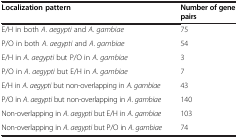
<table><thead><tr><td><b>Localization pattern</b></td><td><b>Number of gene pairs</b></td></tr></thead><tbody><tr><td>E/H in both <i>A</i>. <i>aegypti</i> and <i>A</i>. <i>gambiae</i></td><td>75</td></tr><tr><td>P/O in both <i>A</i>. <i>aegypti</i> and <i>A</i>. <i>gambiae</i></td><td>54</td></tr><tr><td>E/H in <i>A</i>. <i>aegypti</i> but P/O in <i>A</i>. <i>gambiae</i></td><td>3</td></tr><tr><td>P/O in <i>A</i>. <i>aegypti</i> but E/H in <i>A</i>. <i>gambiae</i></td><td>7</td></tr><tr><td>E/H in <i>A</i>. <i>aegypti</i> but non-overlapping in <i>A</i>. <i>gambiae</i></td><td>43</td></tr><tr><td>P/O in <i>A</i>. <i>aegypti</i> but non-overlapping in <i>A</i>. <i>gambiae</i></td><td>140</td></tr><tr><td>Non-overlapping in <i>A</i>. <i>aegypti</i> but E/H in <i>A</i>. <i>gambiae</i></td><td>103</td></tr><tr><td>Non-overlapping in <i>A</i>. <i>aegypti</i> but P/O in <i>A</i>. <i>gambiae</i></td><td>74</td></tr></tbody></table>